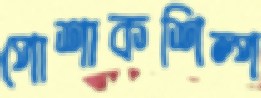
পোশাকশিল্প